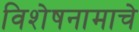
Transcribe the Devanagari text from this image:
विशेषनामाचे